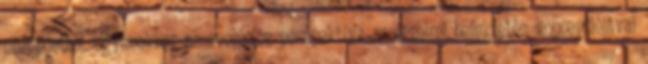
nézőpontból. Ugyanakkor az evolúciós perspektíva az érzelmi befektetés koncepciójával